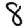
Digit: 8